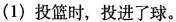
(1)投篮时，投进了球。